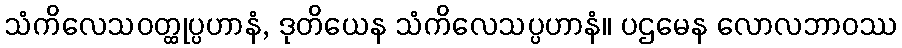
သံကိလေသဝတ္ထုပ္ပဟာနံ, ဒုတိယေန သံကိလေသပ္ပဟာနံ။ ပဌမေန လောလဘာဝဿ